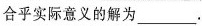
合乎实际意义的解为___.